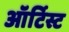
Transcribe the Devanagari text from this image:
ऑर्टिस्ट